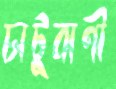
চাটুবাণী